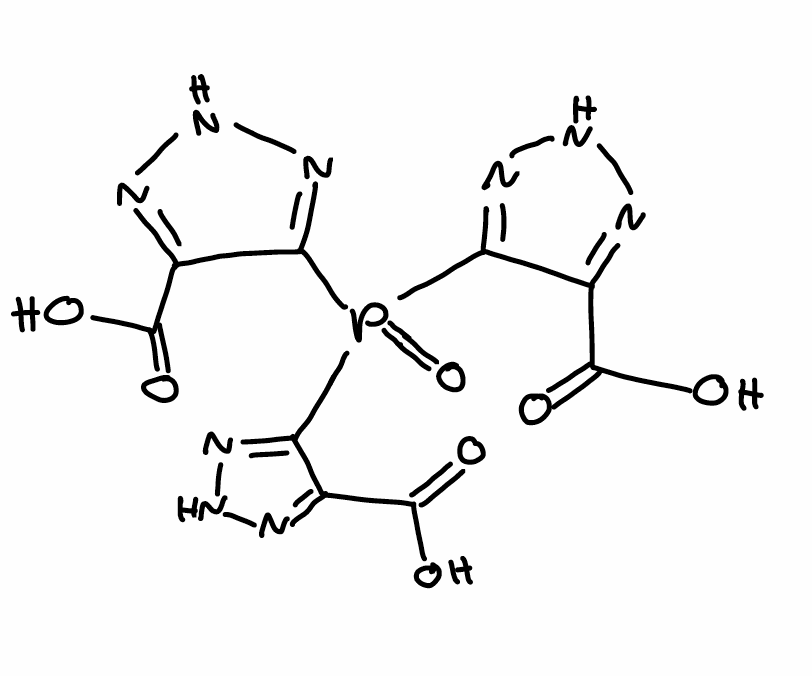
Simplified molecular-input line-entry system (SMILES) notation of the given molecule:
C1(=NNN=C1P(=O)(C2=NNN=C2C(=O)O)C3=NNN=C3C(=O)O)C(=O)O